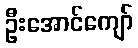
ဦးအောင်ကျော်